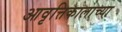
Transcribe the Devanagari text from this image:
आवृत्तिकालाच्या